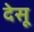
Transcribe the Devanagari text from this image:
देसू